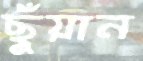
ছুঁয়ান